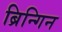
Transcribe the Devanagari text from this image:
ब्रिन्गिन